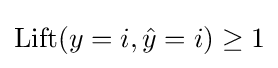
\mathrm {Lift} (y=i,{\hat {y}}=i)\geq 1